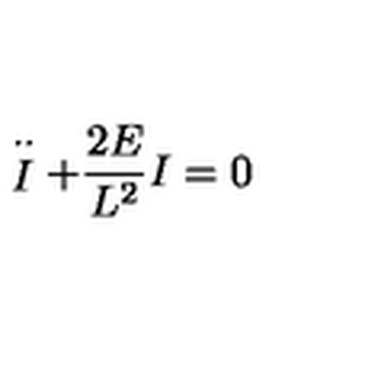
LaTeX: \stackrel { \cdot \cdot } { I } + \frac { 2 E } { L ^ { 2 } } I = 0